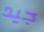
جيد